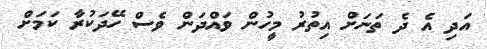
އަދި އެ ދެ ތަނަށް އިތުރު މީހުން ވައްދަން ވެސް ހޭދަކުރާ ކަމަށް